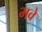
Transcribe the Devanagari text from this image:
भवे